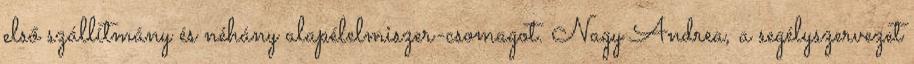
első szállítmány és néhány alapélelmiszer-csomagot. Nagy Andrea, a segélyszervezet